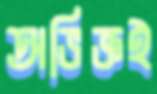
অভিজ্ঞই